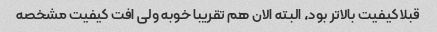
قبلا کیفیت بالاتر بود، البته الان هم تقریبا خوبه ولی افت کیفیت مشخصه